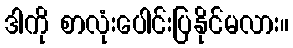
ဒါကို စာလုံးပေါင်းပြနိုင်မလား။